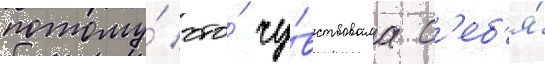
потому́ что́ чу́вствовала с'еб'я́